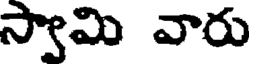
స్వామి వారు